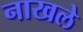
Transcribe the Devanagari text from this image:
नाखले